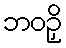
ဘဝဉှိ